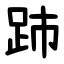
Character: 䟛